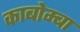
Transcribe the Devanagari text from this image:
काबोम्बा